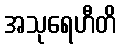
အသုရေဟီတိ